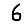
Digit: 6